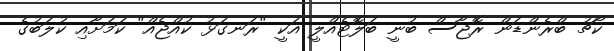
ކޯޗު ބްރެންޑަން ރޮޖާސް ބުނީ ބަލޮޓެއްލީ އަކީ "ރަނގަޅު ކުއްޖެއް" ކަމަށާއި ކުލަބުގެ